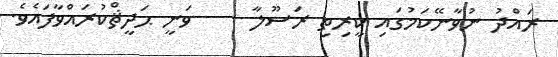
ރައްދު ނުވާނޭކަމުގައި ކީރިތި ރަސޫލާ     ވަނީ ޙަދީޘްކުރައްވާފައެވެ.